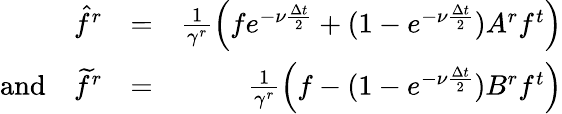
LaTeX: \begin{array}{rlr}{\hat{f}^{r}}&{=}&{\frac{1}{\gamma^{r}}\left(fe^{-\nu\frac{\Delta t}{2}}+(1-e^{-\nu\frac{\Delta t}{2}})A^{r}f^{t}\right)}\\ {\textrm{and}\quad\widetilde{f}^{r}}&{=}&{\frac{1}{\gamma^{r}}\left(f-(1-e^{-\nu\frac{\Delta t}{2}})B^{r}f^{t}\right)}\end{array}